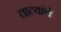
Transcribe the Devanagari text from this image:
तात्यांचे